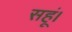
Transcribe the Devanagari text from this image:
सहूं।